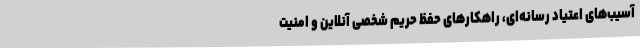
آسیب‌های اعتیاد رسانه‌ای، راهکارهای حفظ حریم شخصی آنلاین و امنیت